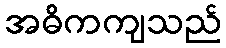
အဓိကကျသည်